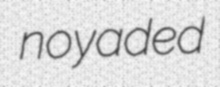
noyaded